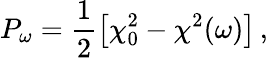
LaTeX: P_{\omega}=\frac{1}{2}\left[\chi_{0}^{2}-\chi^{2}(\omega)\right]\, \textrm{,}